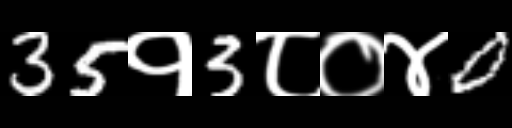
Text: 35१3८०४0